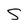
Character: S